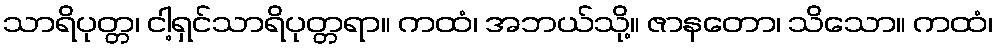
သာရိပုတ္တ၊ ငါ့ရှင်သာရိပုတ္တရာ။ ကထံ၊ အဘယ်သို့။ ဇာနတော၊ သိသော။ ကထံ၊